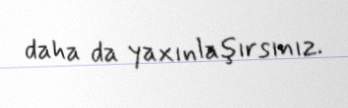
daha da yaxınlaşırsınız.